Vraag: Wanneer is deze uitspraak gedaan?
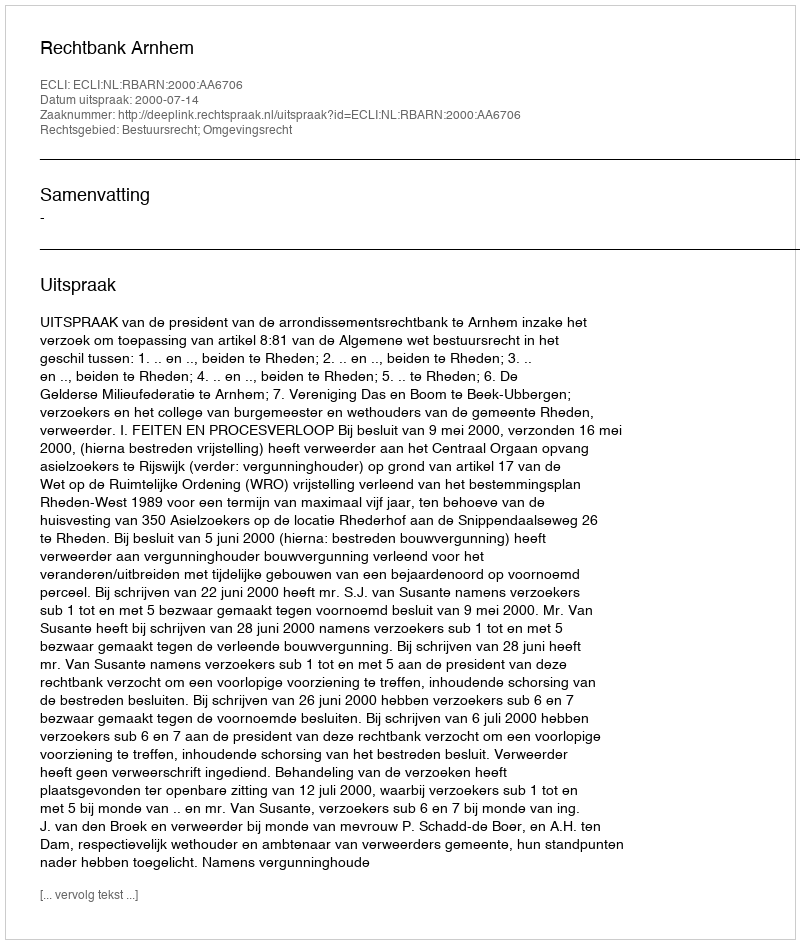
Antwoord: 2000-07-14